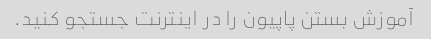
آموزش بستن پاپیون را در اینترنت جستجو کنید.